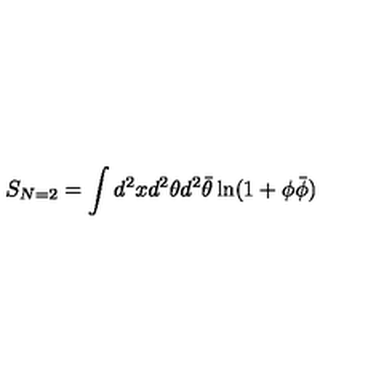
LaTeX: S _ { N = 2 } = \int d ^ { 2 } x d ^ { 2 } \theta d ^ { 2 } \bar { \theta } \ln ( 1 + \phi \bar { \phi } )